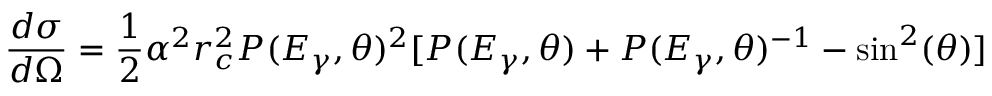
{ \frac { d \sigma } { d \Omega } } = { \frac { 1 } { 2 } } \alpha ^ { 2 } r _ { c } ^ { 2 } P ( E _ { \gamma } , \theta ) ^ { 2 } [ P ( E _ { \gamma } , \theta ) + P ( E _ { \gamma } , \theta ) ^ { - 1 } - \sin ^ { 2 } ( \theta ) ]